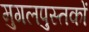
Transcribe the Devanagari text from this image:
मुगलपुस्तकों